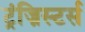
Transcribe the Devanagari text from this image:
ट्रंज़िस्टर्स